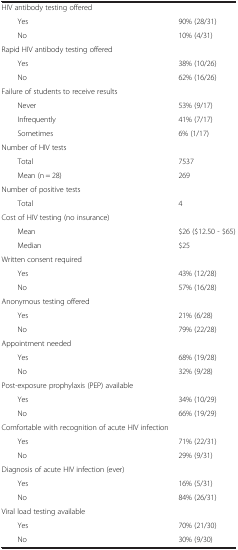
|  |  |
 | --- | --- |
 | HIV antibody testing offered |  |
 | Yes | 90% (28/31) |
 | No | 10% (4/31) |
 | Rapid HIV antibody testing offered |  |
 | Yes | 38% (10/26) |
 | No | 62% (16/26) |
 | Failure of students to receive results |  |
 | Never | 53% (9/17) |
 | Infrequently | 41% (7/17) |
 | Sometimes | 6% (1/17) |
 | Number of HIV tests |  |
 | Total | 7537 |
 | Mean (n = 28) | 269 |
 | Number of positive tests |  |
 | Total | 4 |
 | Cost of HIV testing (no insurance) |  |
 | Mean | $26 ($12.50 - $65) |
 | Median | $25 |
 | Written consent required |  |
 | Yes | 43% (12/28) |
 | No | 57% (16/28) |
 | Anonymous testing offered |  |
 | Yes | 21% (6/28) |
 | No | 79% (22/28) |
 | Appointment needed |  |
 | Yes | 68% (19/28) |
 | No | 32% (9/28) |
 | Post-exposure prophylaxis (PEP) available |  |
 | Yes | 34% (10/29) |
 | No | 66% (19/29) |
 | Comfortable with recognition of acute HIV infection |  |
 | Yes | 71% (22/31) |
 | No | 29% (9/31) |
 | Diagnosis of acute HIV infection (ever) |  |
 | Yes | 16% (5/31) |
 | No | 84% (26/31) |
 | Viral load testing available |  |
 | Yes | 70% (21/30) |
 | No | 30% (9/30) |